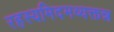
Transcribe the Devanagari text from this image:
रहस्यमिदमव्यक्तन्न